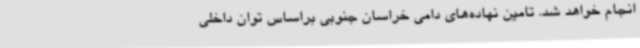
انجام خواهد شد. تامین نهاده‌های دامی خراسان جنوبی براساس توان داخلی